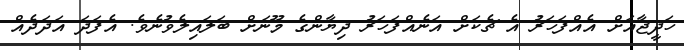
ހަދީޖާއަށް އެއްފަހަރު އެ ޗެކަށް އަނެއްފަހަރު ދިޔާންގެ މޫނަށް ބަލައިލެވުނެވެ. އެފަދަ އަދަދެއް